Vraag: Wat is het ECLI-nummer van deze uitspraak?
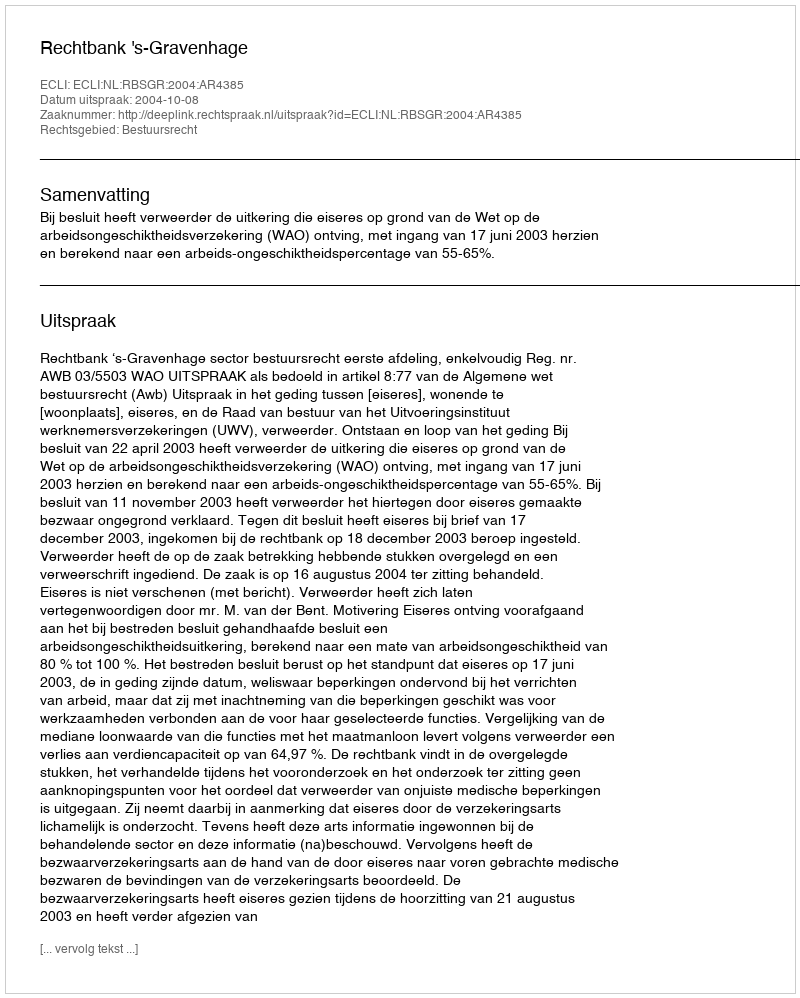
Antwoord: ECLI:NL:RBSGR:2004:AR4385